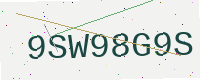
Text: 9SW98G9S